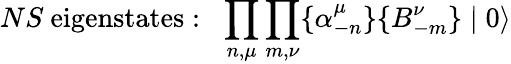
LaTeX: NS~\mathrm{eigenstates:}\: \: \: \prod_{n,\mu}\prod_{m,\nu}\{ \alpha_{-n}^{\mu}\} \{ B_{-m}^{\nu}\} \mid 0\rangle